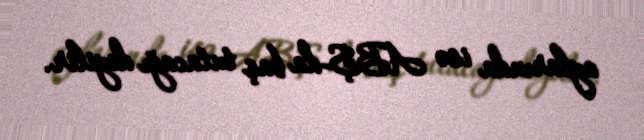
aylarında isə ABŞ-da baş tutacağı deyilir.